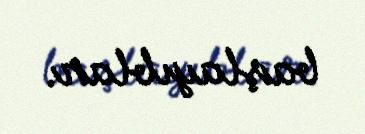
başlayıblar.